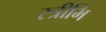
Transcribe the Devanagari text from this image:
स्त्रीभि